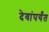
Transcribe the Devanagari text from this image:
देवांपर्यंत